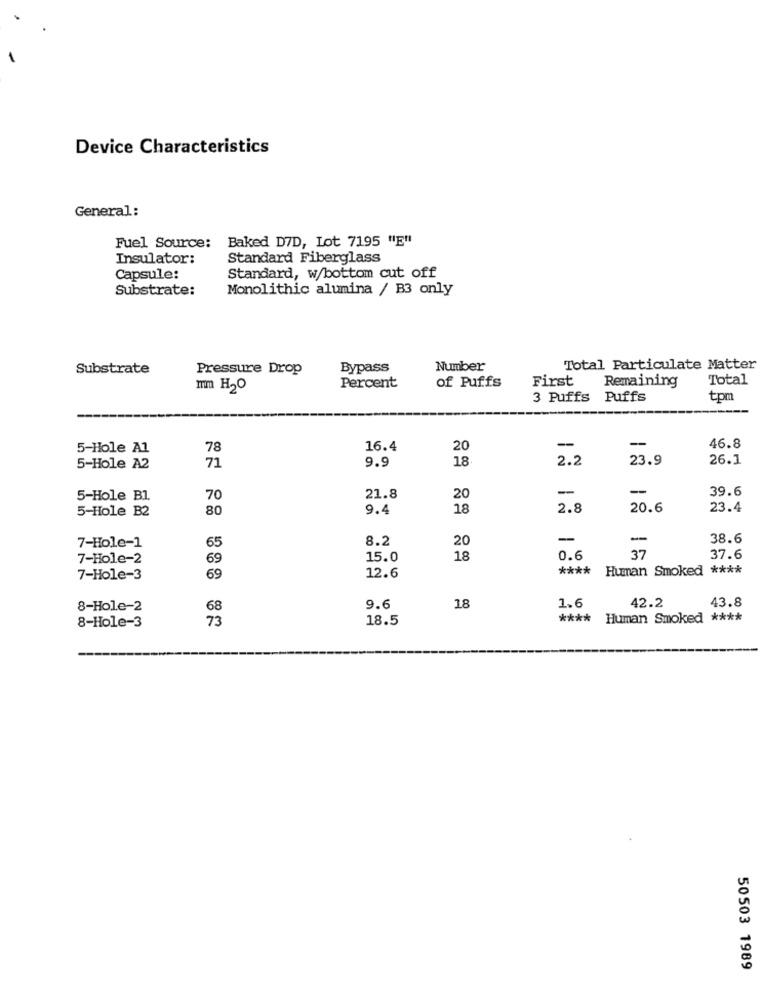
Device Characteristics
General:
Fuel Source: Baked DVD, Lot 7195 "E"
Insulator:
Standard Fiberglass
Capsule:
Standard, w/bottom cut off
Substrate:
Monolithic alumina / B3 only
Substrate
Pressure Drop
Bypass
Number
Total Particulate Matter
Percent
First
Remaining
Total
mm H2O
of Puffs
3 Puffs Puffs
tpm
-
46.8
5-Hole A1
78
16.4
20
-
9.9
18
2.2
23.9
26.1
5-Hole A2
71
21.8
-
-
39.6
5-Hole Bl.
70
20
5-Hole B2
80
9.4
18
2.8
20.6
23.4
65
8.2
20
-
-
38.6
7-Hole-1
7-Hole-2
69
15.0
18
0.6
37
37.6
12.6
****
Human Smoked ****
7-Hole-3
69
1.6
42.2
43.8
8-Hole-2
68
9.6
18
8-Hole-3
73
18.5
****
Human Smoked ****
50503 1989